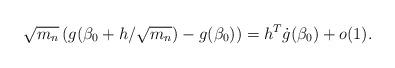
LaTeX: \begin{align*}\sqrt{m_n} \left( g(\beta_0+h/\sqrt{m_n}) - g(\beta_0) \right) = h^T \dot g(\beta_0) + o(1).\end{align*}